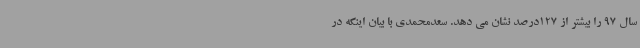
سال 97 را بیشتر از 127درصد نشان می دهد. سعدمحمدی با بیان اینکه در